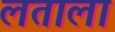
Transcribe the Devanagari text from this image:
लताला